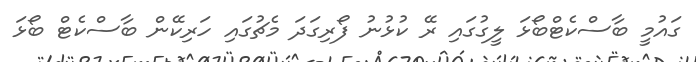
ގައުމީ ބާސްކެޓްބޯޅަ ލީގުގައި ރޭ ކުޅުނު ފޯރިގަދަ މެޗުގައި ހަރިކޭން ބާސްކެޓް ބޯޅަ